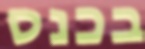
בכנס